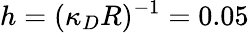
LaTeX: h=(\kappa_{D}R)^{-1}=0.05